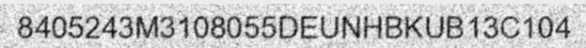
8405243M3108055DEUNHBKUB13C104